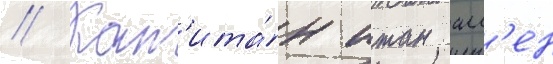
// Кап'ита́н итан алл'ен